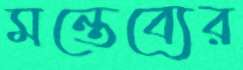
মন্তেব্যের